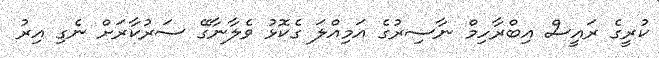
ކުރީގެ ރައީސް އިބްރާހިމް ނާސިރުގެ އަމިއްލަ ގެކޮޅު ވެލާނާގޭ ސަރުކާރަށް ނެގި އިރު